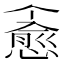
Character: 𪬪